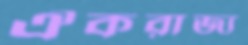
ঐকরাজ্য